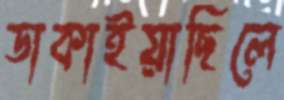
ডাকাইয়াছিলে